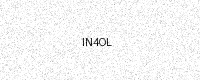
Text: IN4OL